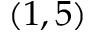
( 1 , 5 )